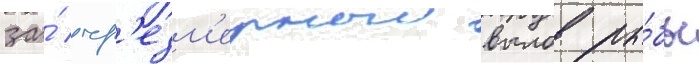
за́ чр'езм'ерныи вылов ры́бы